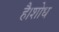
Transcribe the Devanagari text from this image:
है।शोध